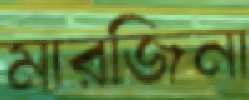
মারজিনা